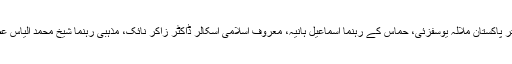
بااثر اسلامی شخصیات کی اعزازی فہرست میں دختر پاکستان ملالہ یوسفزئی، حماس کے رہنما اسماعیل ہانیہ، معروف اسلامی اسکالر ڈاکٹر زاکر نائک، مذہبی رہنما شیخ محمد الیاس عطار قادری اور میئر لندن صادق خان بھی شامل ہیں۔